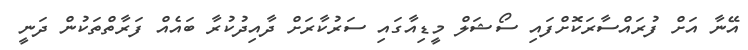
އޭނާ އަށް ފުރައްސާރަކޮށްފައި ސޯޝަލް މީޑިއާގައި ސަރުކާރަށް ދާއިދުކުރާ ބައެއް ފަރާތްތަކުން ދަނީ